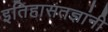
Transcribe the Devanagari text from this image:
इतिहासतज्ञांनी